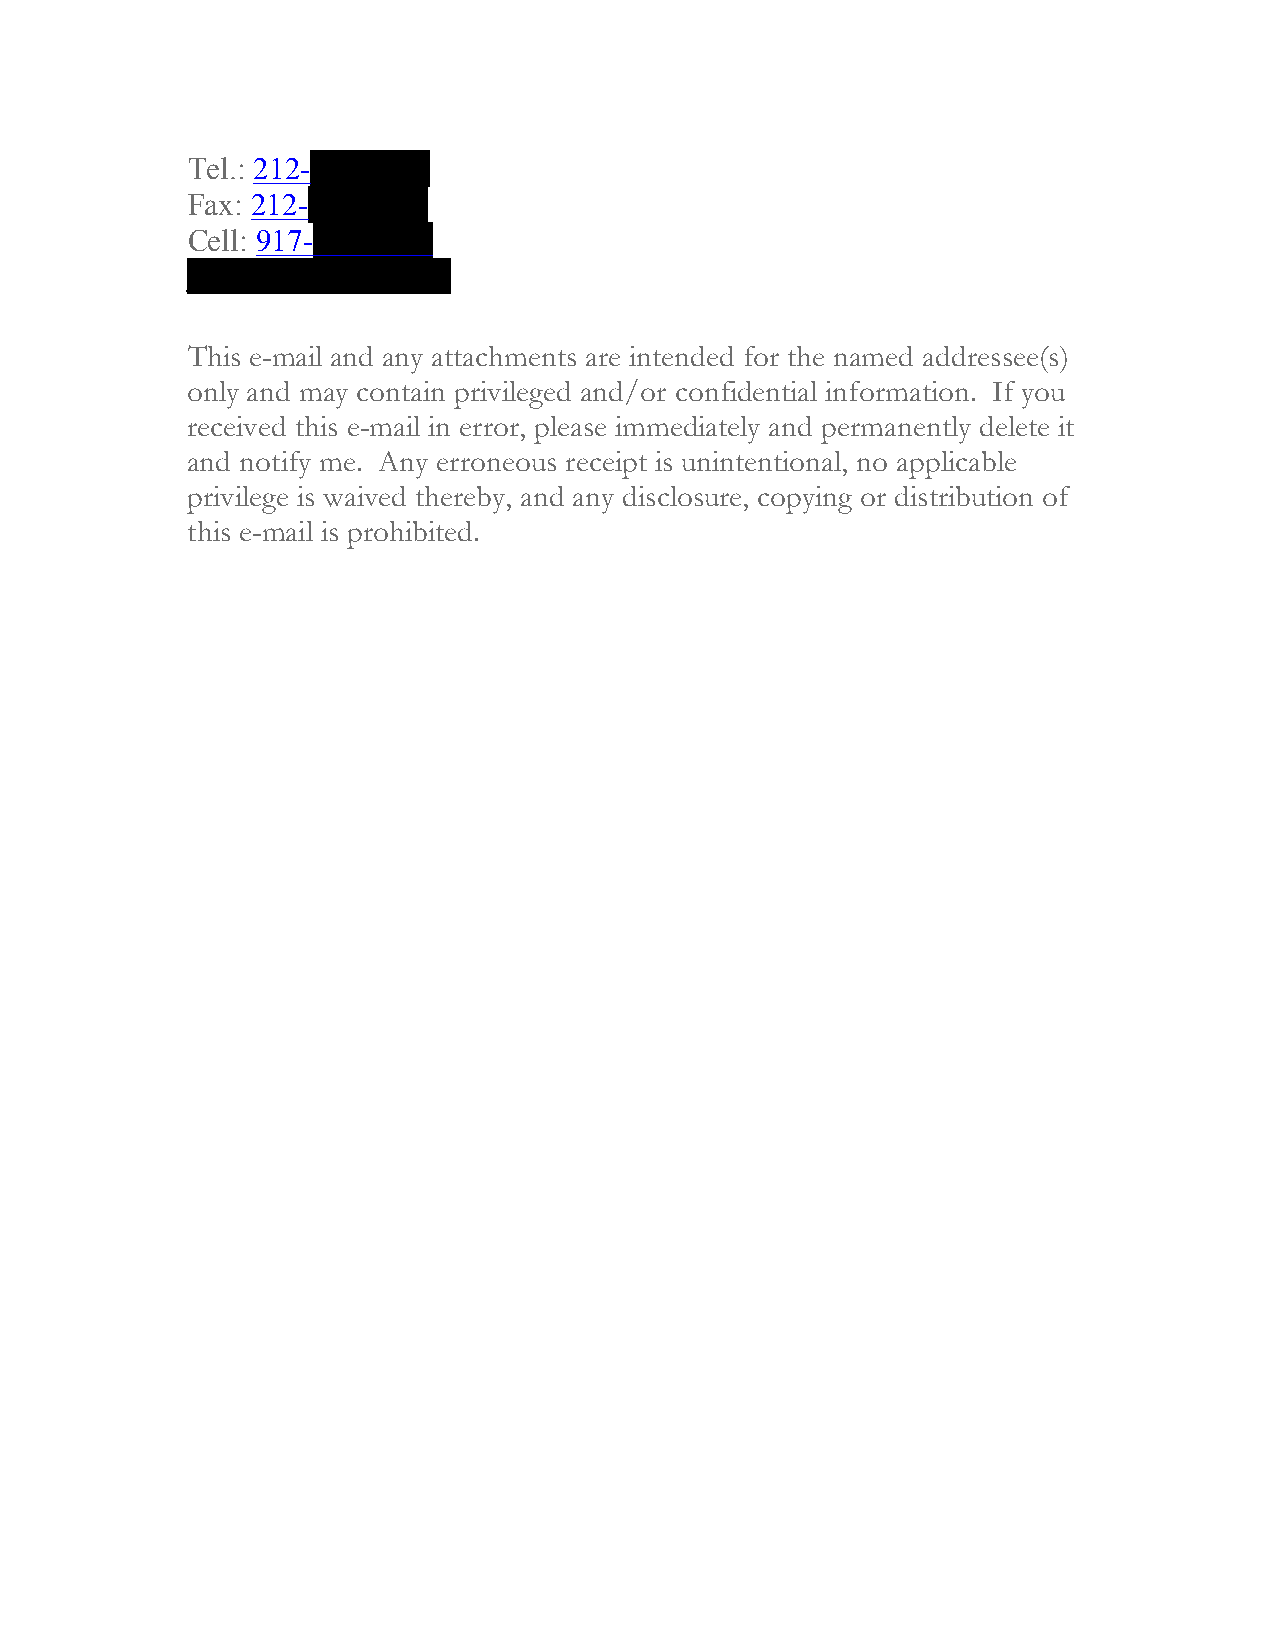
Tel.: 212-752-9200
 Fax: 212-688-3996
 Cell: 917-690-9185
 jmiller@mkslex.com
 This e-mail and any attachments are intended for the named addressee(s)
 only and may contain privileged and/or confidential information. If you
 received this e-mail in error, please immediately and permanently delete it
 and notify me. Any erroneous receipt is unintentional, no applicable
 privilege is waived thereby, and any disclosure, copying or distribution of
 this e-mail is prohibited.